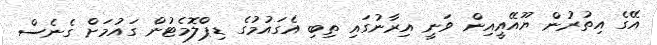
އޭގެ އިތުރުން ޔޫއޭއީއިން ވަނީ އިރާނުގައި ތިބި އެގައުމުގެ ޑިޕްލޮމެޓުން ގައުމަށް ގެނެސް